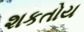
શકતોય